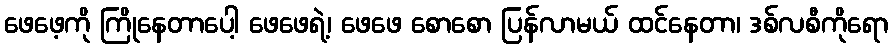
ဖေဖေ့ကို ကြိုနေတာပေါ့ ဖေဖေရဲ့၊ ဖေဖေ စောစော ပြန်လာမယ် ထင်နေတာ၊ ဒစ်လစီကိုရော